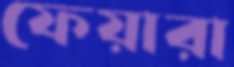
ফেয়ারা